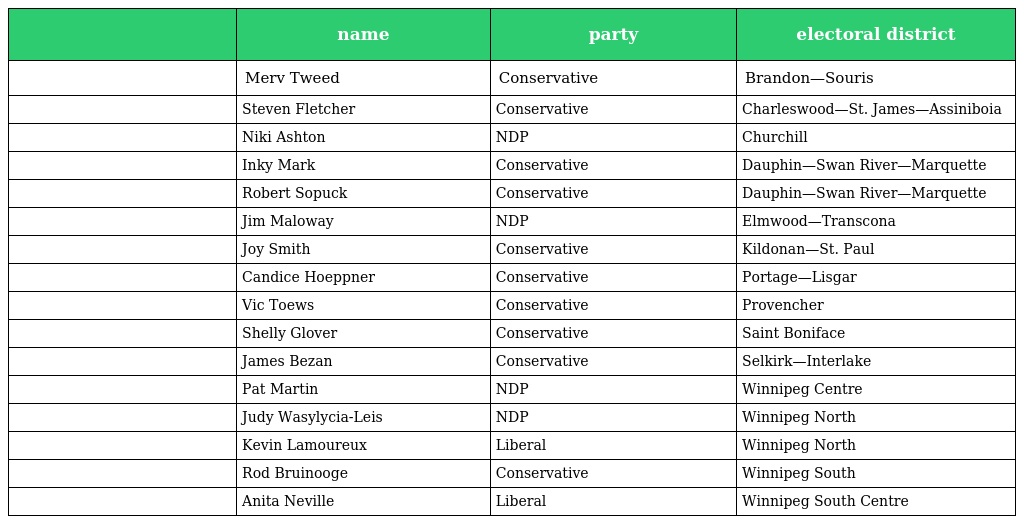
|  | name | party | electoral district |
 | --- | --- | --- | --- |
 |  | Merv Tweed | Conservative | Brandon—Souris |
 |  | Steven Fletcher | Conservative | Charleswood—St. James—Assiniboia |
 |  | Niki Ashton | NDP | Churchill |
 |  | Inky Mark | Conservative | Dauphin—Swan River—Marquette |
 |  | Robert Sopuck | Conservative | Dauphin—Swan River—Marquette |
 |  | Jim Maloway | NDP | Elmwood—Transcona |
 |  | Joy Smith | Conservative | Kildonan—St. Paul |
 |  | Candice Hoeppner | Conservative | Portage—Lisgar |
 |  | Vic Toews | Conservative | Provencher |
 |  | Shelly Glover | Conservative | Saint Boniface |
 |  | James Bezan | Conservative | Selkirk—Interlake |
 |  | Pat Martin | NDP | Winnipeg Centre |
 |  | Judy Wasylycia-Leis | NDP | Winnipeg North |
 |  | Kevin Lamoureux | Liberal | Winnipeg North |
 |  | Rod Bruinooge | Conservative | Winnipeg South |
 |  | Anita Neville | Liberal | Winnipeg South Centre |